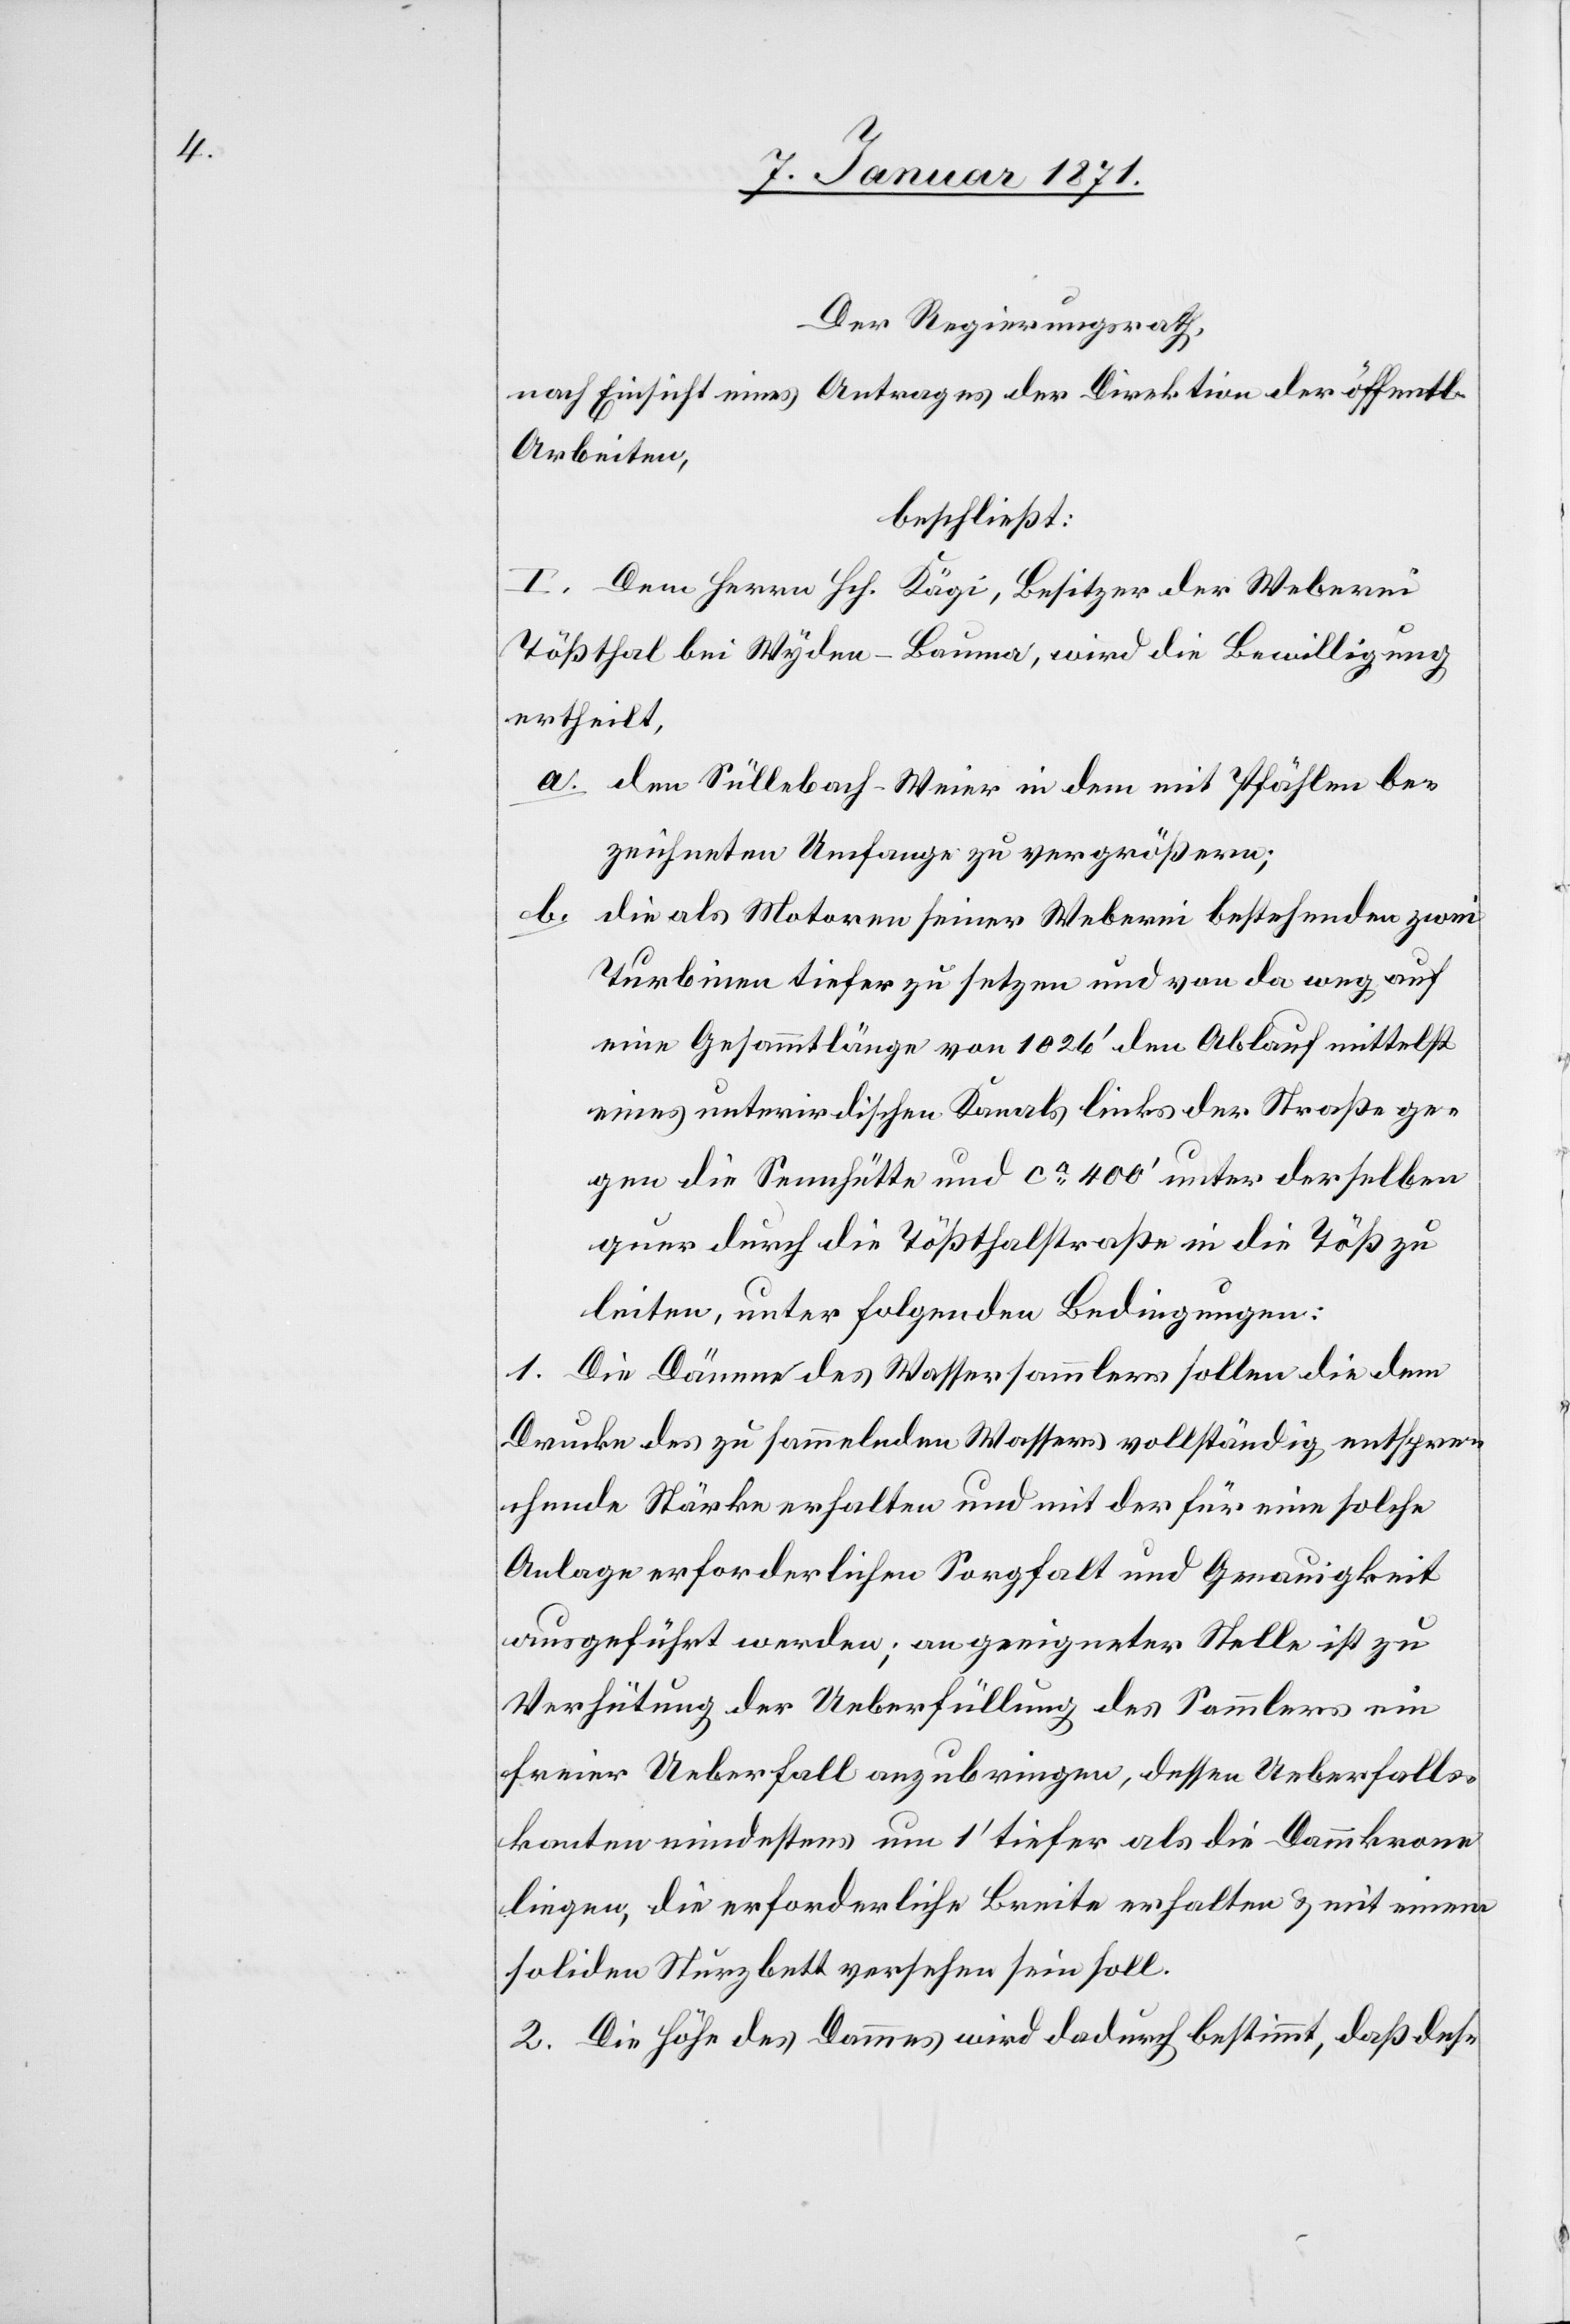
Der Regierungsrath
nach Einsicht eines Antrages der Direktion der öffentl.
Arbeiten,
beschließt:
I. Dem Herrn Hch. Kägi, Besitzer der Weberei
Tößthal bei Wyden–Bauma, wird die Bewilligung
ertheilt,
a. den Süllebach-Weier [sic!] in dem mit Pfählen be¬
zeichneten Umfange zu vergrößern;
b.
die als Motoren seiner Weberei bestehenden zwei
Turbinen tiefer zu setzen und von da weg auf
eine Gesammtlänge von 1026’ den Ablauf mittelst
eines unterirdischen Kanals links der Straße ge¬
gen die Sennhütte und ca 400’ unter derselben
quer durch die Tößthalstraße in die Töß zu
leiten, unter folgenden Bedingungen:
1. Die Dämme des Wassersammlers sollen die dem
Drucke des zu sammelnden Wassers vollständig entspre¬
chende Stärke erhalten und mit der für eine solche
Anlage erforderlichen Sorgfalt und Genauigkeit
ausgeführt werden; an geeigneter Stelle ist zu
Verhütung der Ueberfüllung des Sammlers ein
freier Ueberfall anzubringen, dessen Ueberfalls¬
kanten mindestens um 1’ tiefer als die Dammkrone
liegen, die erforderliche Breite erhalten u. mit einem
soliden Sturzbett versehen sein soll.
2. Die Höhe des Dammes wird dadurch bestimmt, daß des-